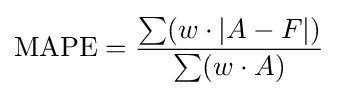
{\text{MAPE}}={\frac {\sum (w\cdot |A-F|)}{\sum (w\cdot A)}}